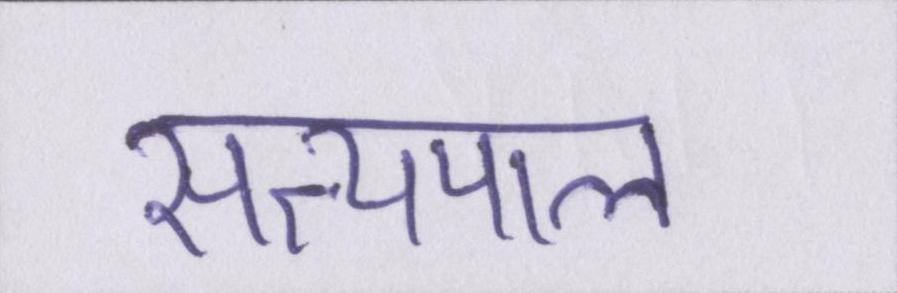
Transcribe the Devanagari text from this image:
सत्यपाल